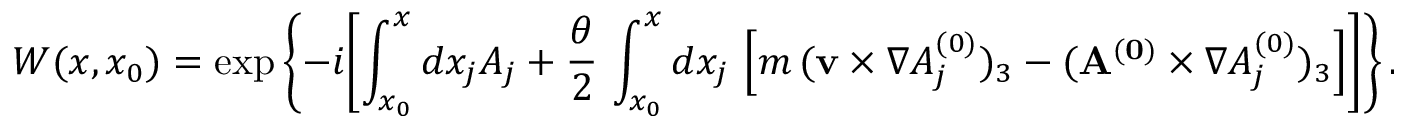
{ \cal W } ( x , x _ { 0 } ) = \exp \left\{ - i \biggl [ \int _ { x _ { 0 } } ^ { x } d x _ { j } A _ { j } + \frac { \theta } { 2 } \, \int _ { x _ { 0 } } ^ { x } d x _ { j } \, \left[ m \, ( { \bf v } \times \nabla A _ { j } ^ { ( 0 ) } ) _ { 3 } - ( { \bf A ^ { ( 0 ) } } \times \nabla A _ { j } ^ { ( 0 ) } ) _ { 3 } \right] \biggr ] \right\} .